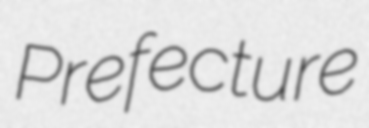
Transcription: Prefecture